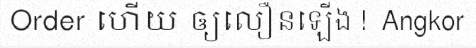
Order ហើយ ឲ្យលឿនឡើង !  Angkor